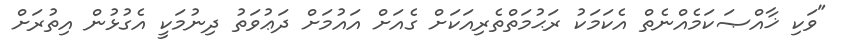
"ވަކި ޚާއްޞަކަމެއްނެތް އެކަމަކު ރަޙުމަތްތެރިއަކަށް ގެއަށް އައުމަށް ދަޢުވަތު ދިނުމަކީ އެގުޅުން އިތުރަށް